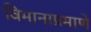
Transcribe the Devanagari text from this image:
विमानाप्रमाणे